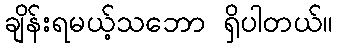
ချိန်းရမယ့်သဘော ရှိပါတယ်။